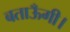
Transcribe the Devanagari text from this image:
बताऊँगी।